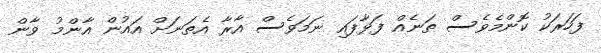
ފަހަރަކު ކޮންމެވެސް ތަނެއް ފަޅާފައި ނަމަވެސް އާރާ އެތަނަށް އައުން އާންމު ވާން